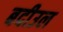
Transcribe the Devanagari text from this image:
बदीउल